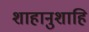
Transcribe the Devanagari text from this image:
शाहानुशाहि